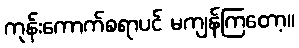
ကုန်းကောက်စရာပင် မကျန်ကြတော့။